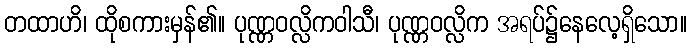
တထာဟိ၊ ထိုစကားမှန်၏။ ပုဏ္ဏဝလ္လိကဝါသီ၊ ပုဏ္ဏဝလ္လိက အရပ်၌နေလေ့ရှိသော။